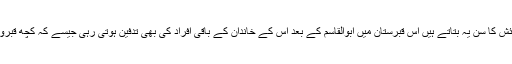
غلام محمد گرامی ان کی پیدائش کا سن یہ بتاتے ہیں اس قبرستان میں ابوالقاسم کے بعد اس کے خاندان کے باقی افراد کی بھی تدفین ہوتی رہی جیسے کہ کچھ قبروں کے کتبوں سے ظاہر ہے۔